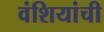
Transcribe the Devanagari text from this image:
वंशियांची